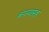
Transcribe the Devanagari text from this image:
कंपन्यांसह